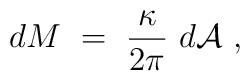
d M~=~{\kappa \over 2\pi}~d {\cal A}~,